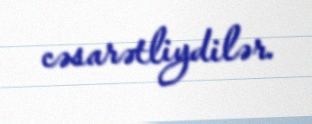
cəsarətliydilər.